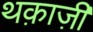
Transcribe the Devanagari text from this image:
थक़ाज़ी